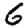
Digit: 6